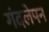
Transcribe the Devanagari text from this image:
गंदलेपन